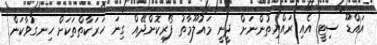
އައްޑޫ ސިޓީ އެއި ރައްޔިތުންނަށް ދީނީ މައުލޫމާތު ފޯރިކޮށްދޭއް ގިނަ ހަރަކާތްތަކަށް ހިނގުވާކަން